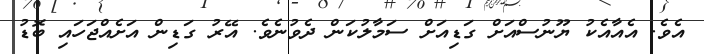
އެވެ. އެއާއެކު ޔޫނުސްއަށް ގަޑިއަށް ސަމާލުކަން ދެވުނެވެ. އޭރު ގަޑިން އަށެއްޖަހައި ބޮޑު